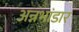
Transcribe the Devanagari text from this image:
अन्नभांडार